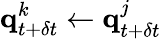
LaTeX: \textbf{q}_{t+\delta t}^{k}\leftarrow\textbf{q}_{t+\delta t}^{j}